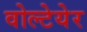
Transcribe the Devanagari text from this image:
वोल्टेयेर